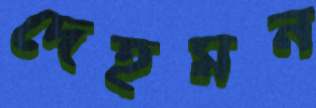
দেহমন